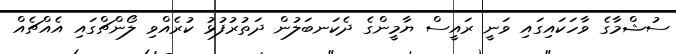
ސުޝްމާގެ ވާހަކަައިގައި ވަނީ ރައީސް ޔާމީންގެ ދެކަނބަލުން ދަތުރުފުޅު ކުރެއްވި ލޯންޗްގައި އެއްޗެއް